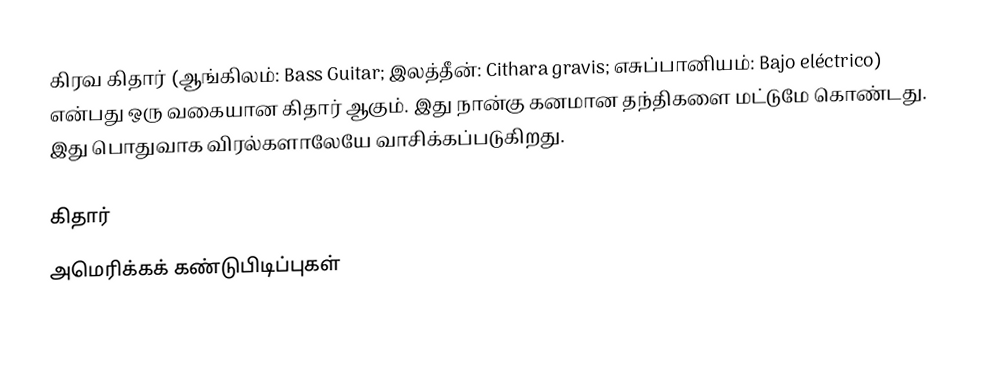
கிரவ கிதார் (ஆங்கிலம்: Bass Guitar; இலத்தீன்: Cithara gravis; எசுப்பானியம்: Bajo eléctrico) என்பது ஒரு வகையான கிதார் ஆகும். இது நான்கு கனமான தந்திகளை மட்டுமே கொண்டது. இது பொதுவாக விரல்களாலேயே வாசிக்கப்படுகிறது.

கிதார்
அமெரிக்கக் கண்டுபிடிப்புகள்